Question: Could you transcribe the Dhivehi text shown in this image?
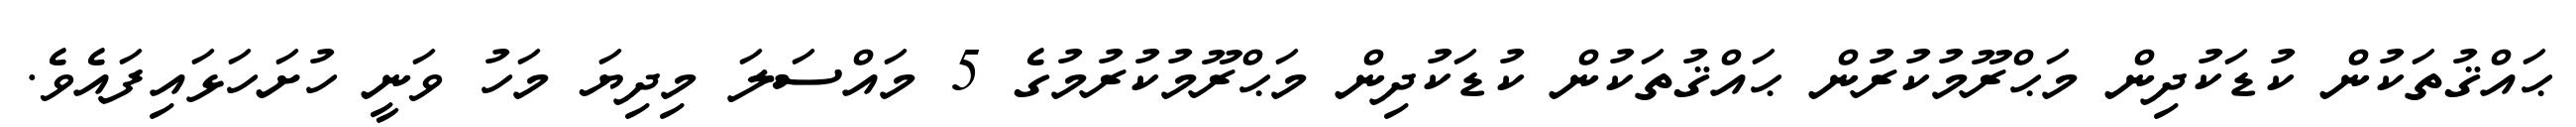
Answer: ޙައްޤުތަކުން ކުޑަކުދިން މަޙްރޫމުކުރުން ޙައްޤުތަކުން ކުޑަކުދިން މަޙްރޫމުކުރުމުގެ 5 މައްސަލަ މިދިޔަ މަހު ވަނީ ހުށަހަޅައިފައެވެ.